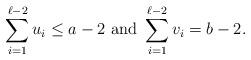
LaTeX: \begin{align*} \sum_{i=1}^{\ell-2} u_i \leq a-2 \mbox{ and } \sum_{i=1}^{\ell-2} v_i = b-2. \end{align*}